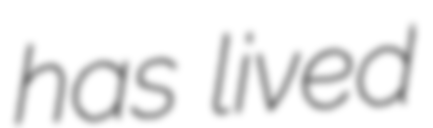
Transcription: has lived